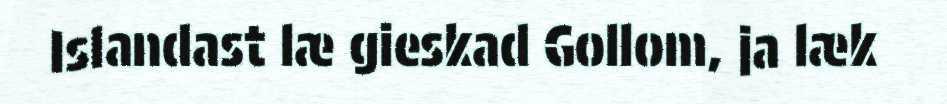
Islandast læ gieskad Gollom, ja læk